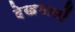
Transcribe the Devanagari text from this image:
देखभालों